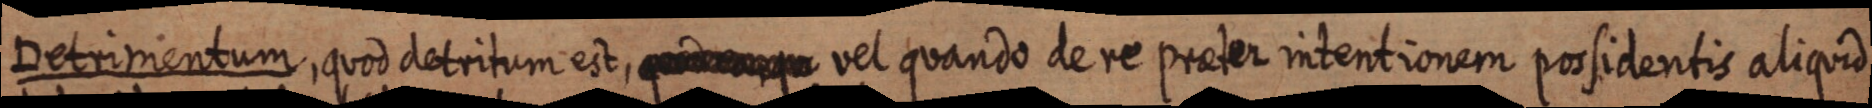
Detrimentum, quod detritum est, vel quando de re praeter intentionem possidentis aliquid